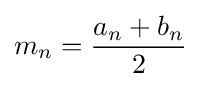
m_{n}={\frac {a_{n}+b_{n}}{2}}